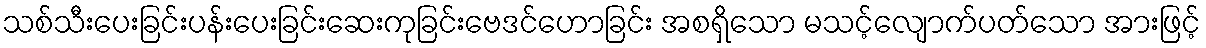
သစ်သီးပေးခြင်းပန်းပေးခြင်းဆေးကုခြင်းဗေဒင်ဟောခြင်း အစရှိသော မသင့်လျောက်ပတ်သော အားဖြင့်